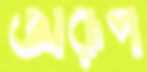
অরূপ